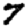
Digit: 7